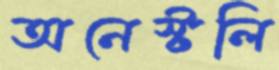
অনেস্টলি